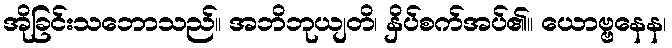
အိုခြင်းသဘောသည်။ အဘိဘုယျတိ၊ နှိပ်စက်အပ်၏။ ယောဗ္ဗနေန၊